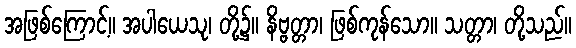
အဖြစ်ကြောင့်။ အပါယေသု၊ တို့၌။ နိဗ္ဗတ္တာ၊ ဖြစ်ကုန်သော။ သတ္တာ၊ တို့သည်။